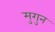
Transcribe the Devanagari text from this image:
मुगुन